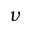
\nu